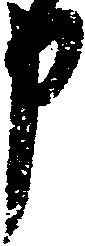
申